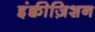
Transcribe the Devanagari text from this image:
इंक्वीज़िशन